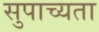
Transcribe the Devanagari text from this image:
सुपाच्यता